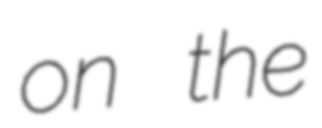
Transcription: on the